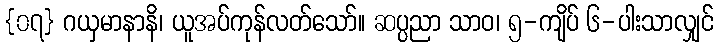
{၀၇} ဂယှမာနာနိ၊ ယူအပ်ကုန်လတ်သော်။ ဆပ္ပညာ သာဝ၊ ၅-ကျိပ် ၆-ပါးသာလျှင်